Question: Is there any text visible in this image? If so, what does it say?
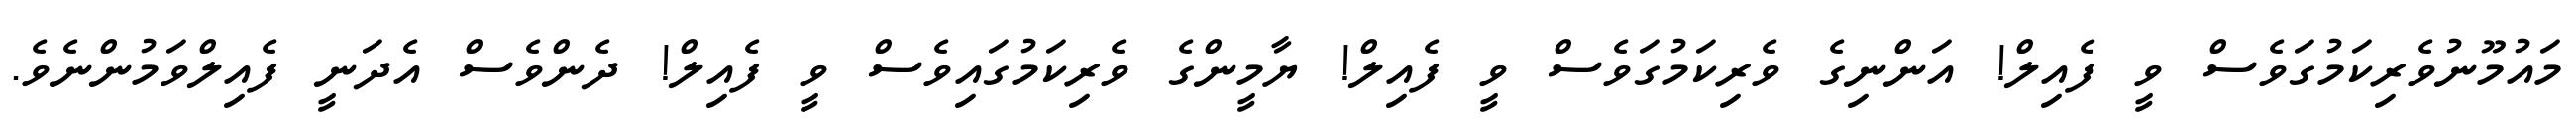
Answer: މައުމޫނުވެރިކަމުގަވެސް ވީ ފެއިލް! އަންނިގެ ވެރިކަމުގަވެސް ވީ ފެއިލް! ޔާމީންގެ ވެރިކަމުގައިވެސް ވީ ފެއިލް! ދެންވެސް އެދަނީ ފެއިލްވަމުންނެވެ.